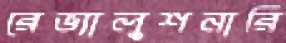
রেভ্যালুশনারি